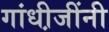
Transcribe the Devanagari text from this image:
गांधी़जींनी